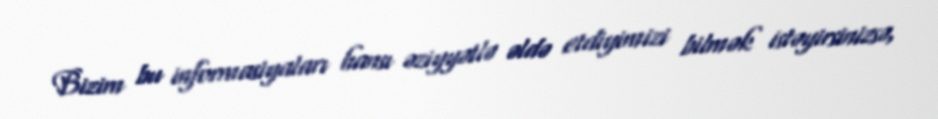
Bizim bu informasiyaları hansı əziyyətlə əldə etdiyimizi bilmək istəyirsinizsə,